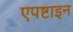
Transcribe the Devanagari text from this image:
एपष्टाइन